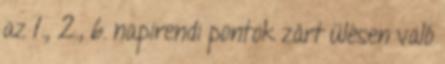
az 1., 2., 6. napirendi pontok zárt ülésen való